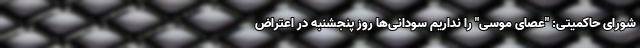
شورای حاکمیتی: "عصای موسی" را نداریم سودانی‌ها روز پنجشنبه در اعتراض